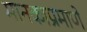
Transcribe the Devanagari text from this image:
मानकाप्रमाणे